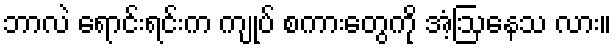
ဘာလဲ ရောင်းရင်းက ကျုပ် စကားတွေကို အံ့ဩနေသ လား။